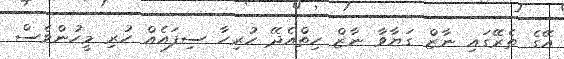
އޭގެ ތެރޭގައި ނާޒް ގަޔާވާ ނާޒް ހިތްއެދޭ ހުރިހާ ސިފައެއް ހުރި މީހުންވެސް